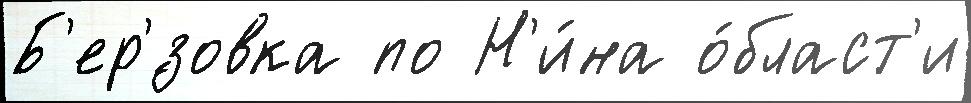
Б'ер'́зовка по Н'и́на о́бласт'и